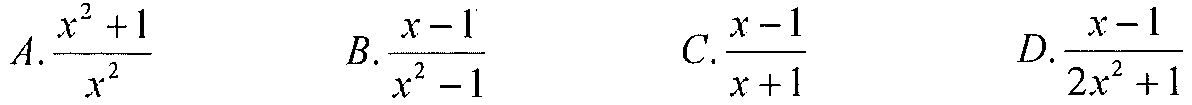
\(A.\frac{x^{2}+1}{x^{2}}\)  \(B.\frac{x - 1}{x^{2}-1}\)  \(C.\frac{x - 1}{x + 1}\)  \(D.\frac{x - 1}{2x^{2}+1}\)